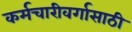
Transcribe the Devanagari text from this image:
कर्मचारीवर्गासाठी